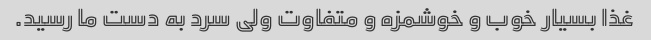
غذا بسیار خوب و خوشمزه و متفاوت ولی سرد به دست ما رسید.